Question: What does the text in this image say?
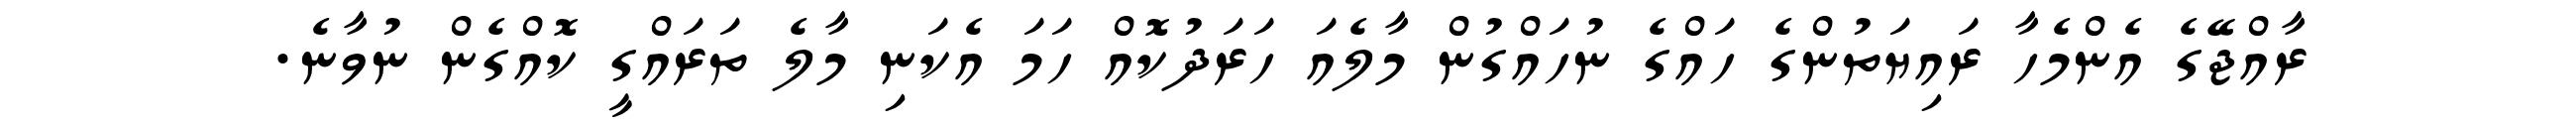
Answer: ރާއްޖޭގެ އެންމެހާ ރައިޔަތުންގެ ހައްގެ ނުހައްގުން މާލެއަ ހަރަދުކޮއް ހަމަ އެކަނި މާލެ ތަރައްގީ ކޮއްގެން ނުވާނެ.